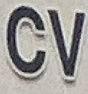
CV